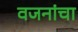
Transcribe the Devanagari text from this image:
वजनांचा